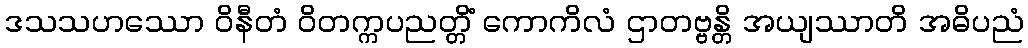
ဒသသဟဿော ဝိနီတံ ဝိတက္ကပညတ္တိံ ကောကိလံ ဌာတဗ္ဗန္တိ အယျဿာတိ အဓိပညံ